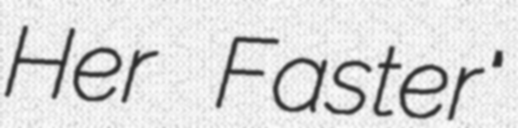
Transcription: Her Faster"